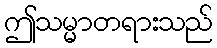
ဤသမ္မာတရားသည်